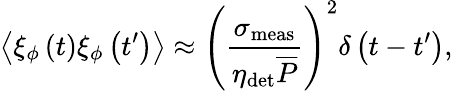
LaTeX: \left\langle\xi_{\phi}\left(t\right)\xi_{\phi}\left(t^{\prime}\right)\right\rangle\approx\left(\frac{\sigma_{\mathrm{meas}}}{\eta_{\mathrm{det}}\overline{{P}}}\right)^{2}\delta\left(t-t^{\prime}\right),